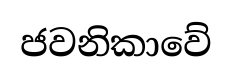
ජවනිකාවේ